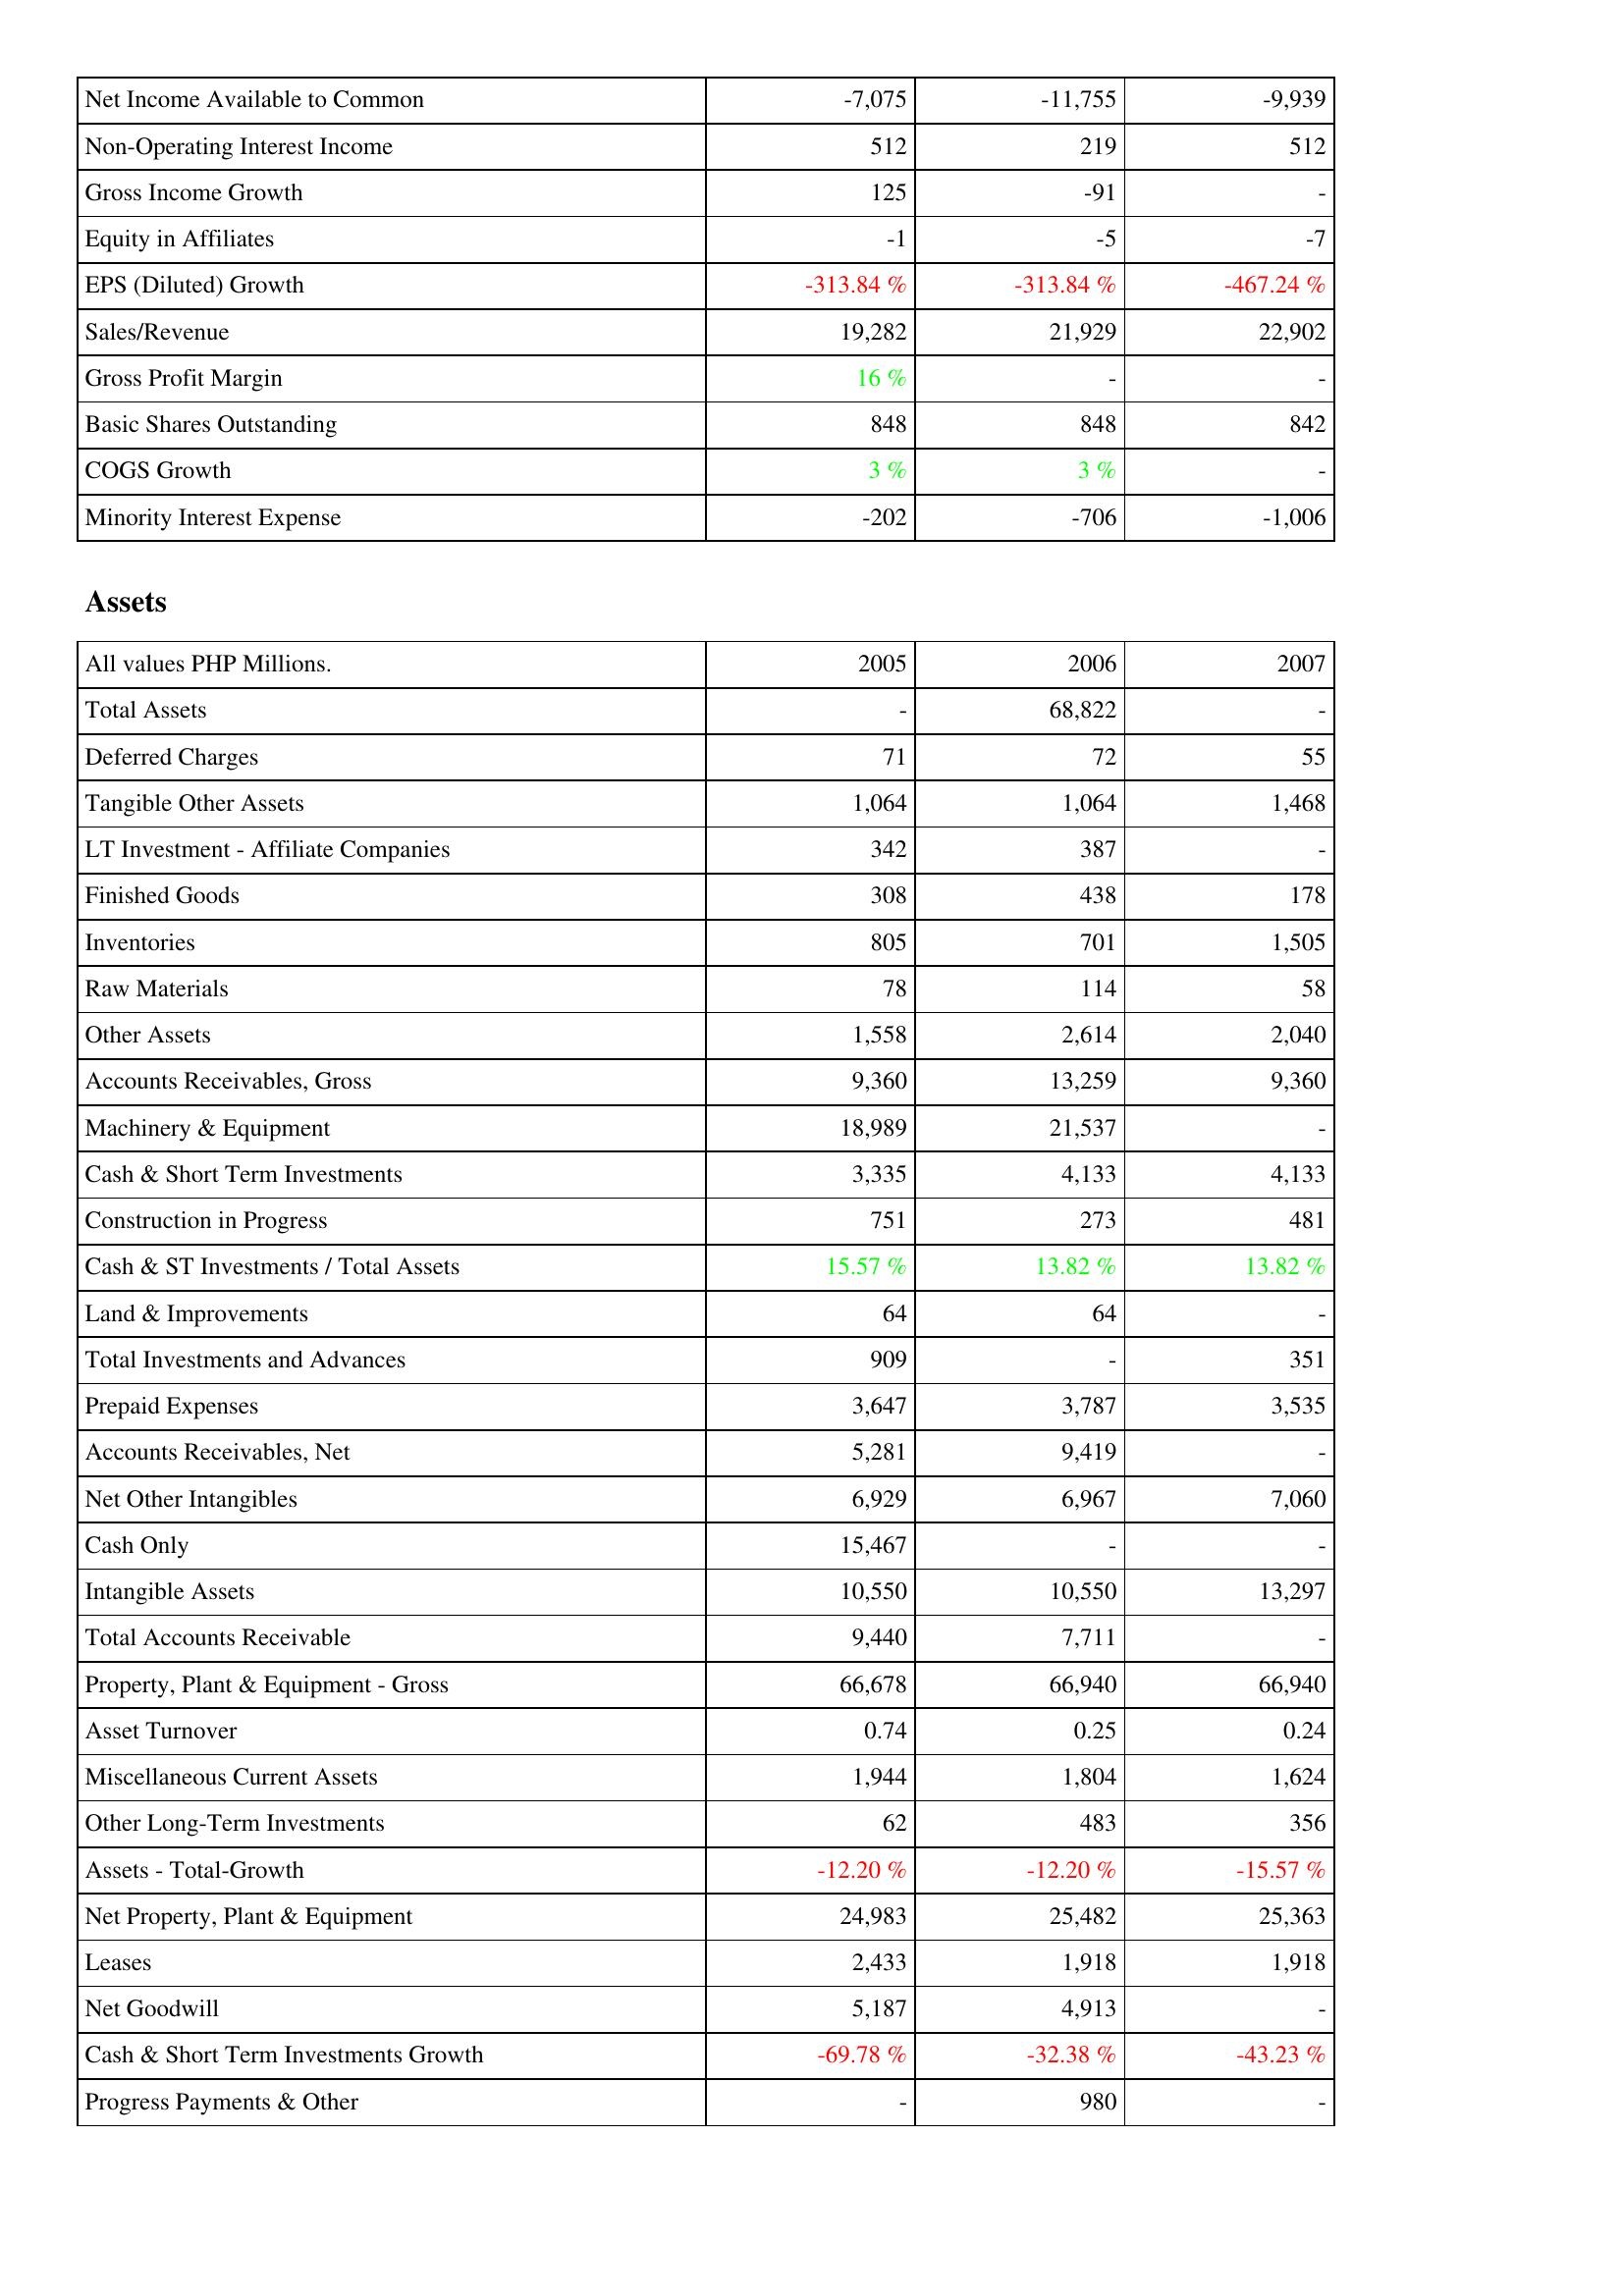
2005: Income Statement: Net Income Available to Common: -7,075
Non-Operating Interest Income: 512
Gross Income Growth: 125
Equity in Affiliates: -1
EPS (Diluted) Growth: -313.84 %
Sales/Revenue: 19,282
Gross Profit Margin: 16 %
Basic Shares Outstanding: 848
COGS Growth: 3 %
Minority Interest Expense: -202
Assets: Total Assets: -
Deferred Charges: 71
Tangible Other Assets: 1,064
LT Investment - Affiliate Companies: 342
Finished Goods: 308
Inventories: 805
Raw Materials: 78
Other Assets: 1,558
Accounts Receivables, Gross: 9,360
Machinery & Equipment: 18,989
Cash & Short Term Investments: 3,335
Construction in Progress: 751
Cash & ST Investments / Total Assets: 15.57 %
Land & Improvements: 64
Total Investments and Advances: 909
Prepaid Expenses: 3,647
Accounts Receivables, Net: 5,281
Net Other Intangibles: 6,929
Cash Only: 15,467
Intangible Assets: 10,550
Total Accounts Receivable: 9,440
Property, Plant & Equipment - Gross: 66,678
Asset Turnover: 0.74
Miscellaneous Current Assets: 1,944
Other Long-Term Investments: 62
Assets - Total-Growth: -12.20 %
Net Property, Plant & Equipment: 24,983
Leases: 2,433
Net Goodwill: 5,187
Cash & Short Term Investments Growth: -69.78 %
Progress Payments & Other: -
2006: Income Statement: Net Income Available to Common: -11,755
Non-Operating Interest Income: 219
Gross Income Growth: -91
Equity in Affiliates: -5
EPS (Diluted) Growth: -313.84 %
Sales/Revenue: 21,929
Gross Profit Margin: -
Basic Shares Outstanding: 848
COGS Growth: 3 %
Minority Interest Expense: -706
Assets: Total Assets: 68,822
Deferred Charges: 72
Tangible Other Assets: 1,064
LT Investment - Affiliate Companies: 387
Finished Goods: 438
Inventories: 701
Raw Materials: 114
Other Assets: 2,614
Accounts Receivables, Gross: 13,259
Machinery & Equipment: 21,537
Cash & Short Term Investments: 4,133
Construction in Progress: 273
Cash & ST Investments / Total Assets: 13.82 %
Land & Improvements: 64
Total Investments and Advances: -
Prepaid Expenses: 3,787
Accounts Receivables, Net: 9,419
Net Other Intangibles: 6,967
Cash Only: -
Intangible Assets: 10,550
Total Accounts Receivable: 7,711
Property, Plant & Equipment - Gross: 66,940
Asset Turnover: 0.25
Miscellaneous Current Assets: 1,804
Other Long-Term Investments: 483
Assets - Total-Growth: -12.20 %
Net Property, Plant & Equipment: 25,482
Leases: 1,918
Net Goodwill: 4,913
Cash & Short Term Investments Growth: -32.38 %
Progress Payments & Other: 980
2007: Income Statement: Net Income Available to Common: -9,939
Non-Operating Interest Income: 512
Gross Income Growth: -
Equity in Affiliates: -7
EPS (Diluted) Growth: -467.24 %
Sales/Revenue: 22,902
Gross Profit Margin: -
Basic Shares Outstanding: 842
COGS Growth: -
Minority Interest Expense: -1,006
Assets: Total Assets: -
Deferred Charges: 55
Tangible Other Assets: 1,468
LT Investment - Affiliate Companies: -
Finished Goods: 178
Inventories: 1,505
Raw Materials: 58
Other Assets: 2,040
Accounts Receivables, Gross: 9,360
Machinery & Equipment: -
Cash & Short Term Investments: 4,133
Construction in Progress: 481
Cash & ST Investments / Total Assets: 13.82 %
Land & Improvements: -
Total Investments and Advances: 351
Prepaid Expenses: 3,535
Accounts Receivables, Net: -
Net Other Intangibles: 7,060
Cash Only: -
Intangible Assets: 13,297
Total Accounts Receivable: -
Property, Plant & Equipment - Gross: 66,940
Asset Turnover: 0.24
Miscellaneous Current Assets: 1,624
Other Long-Term Investments: 356
Assets - Total-Growth: -15.57 %
Net Property, Plant & Equipment: 25,363
Leases: 1,918
Net Goodwill: -
Cash & Short Term Investments Growth: -43.23 %
Progress Payments & Other: -